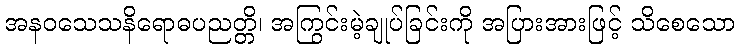
အနဝသေသနိရောဓပညတ္တိ၊ အကြွင်းမဲ့ချုပ်ခြင်းကို အပြားအားဖြင့် သိစေသော